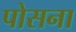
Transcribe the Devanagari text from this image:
पोसना